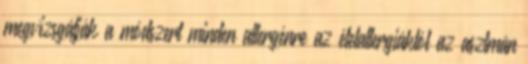
megvizsgálják a módszert minden allergénre az ételallergiáktól az asztmán